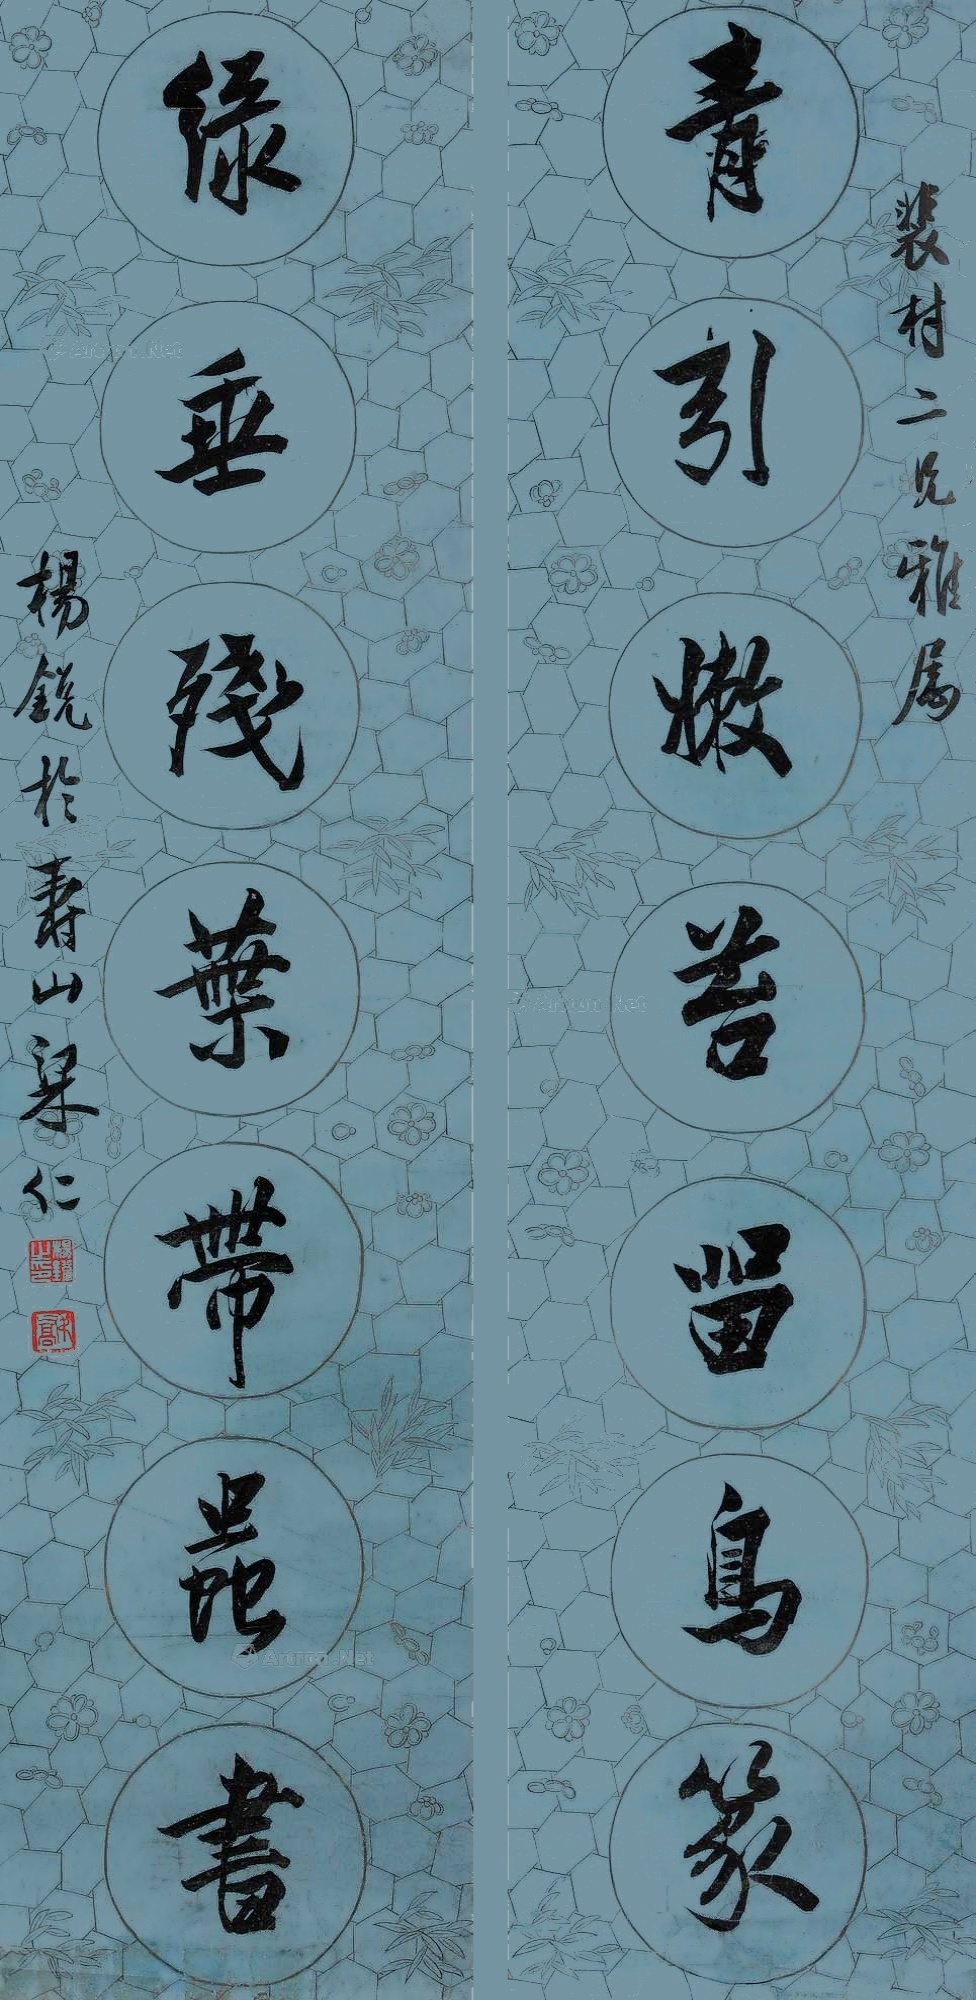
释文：青引嫩苔留鸟篆，绿垂残叶带虫书。裴村二兄雅属，杨锐于寿山梁仁。